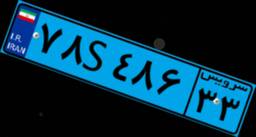
۷۸S۴۸۶۳۳